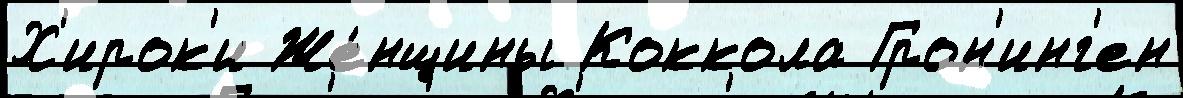
Х'ирок'и Же́нщины Коккола Грон'инг'ен